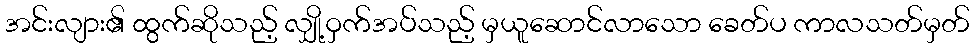
အင်းလျား၏ ထွက်ဆိုသည့် လျှို့ဝှက်အပ်သည့် မှယူဆောင်လာသော ခေတ်ပ ကာလသတ်မှတ်